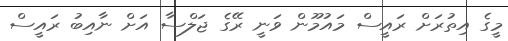
މީގެ އިތުރަށް ރައީސް މައުމޫން ވަނީ ރޭގެ ޖަލްސާ އަށް ނާއިބު ރައީސް